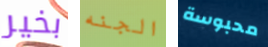
بخير الجنه محبوسة